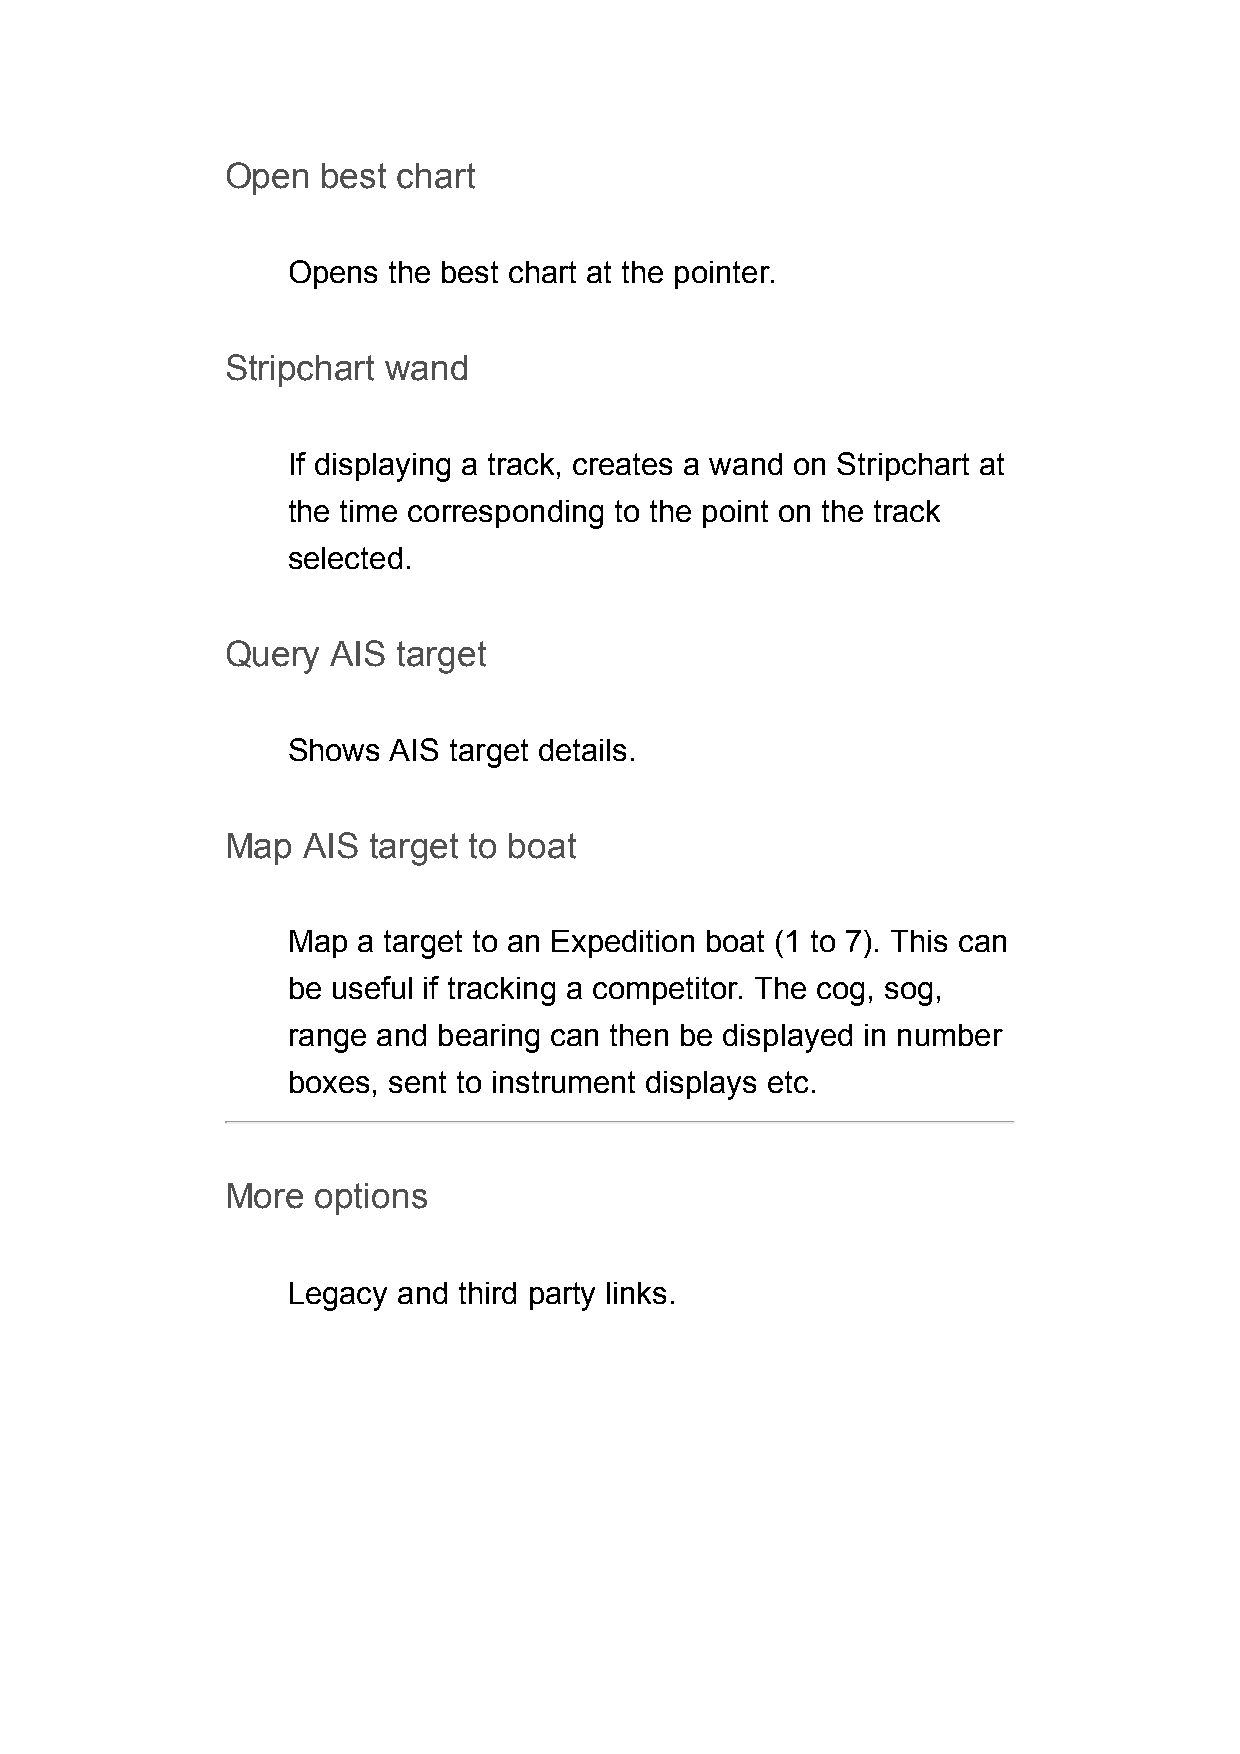
Open  best chart
 Opens  the best chart at the pointer.
 Stripchart wand
 If displaying a track, creates a wand on Stripchart at
 the time corresponding to the point on the track
 selected.
 Query  AIS target
 Shows  AIS target details.
 Map  AIS target to boat
 Map  a target to an Expedition boat (1 to 7). This can
 be useful if tracking a competitor. The cog, sog,
 range and bearing can then be displayed in number
 boxes, sent to instrument displays etc.
 More  options
 Legacy and third party links.